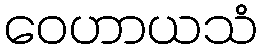
ဝေဟာယသံ